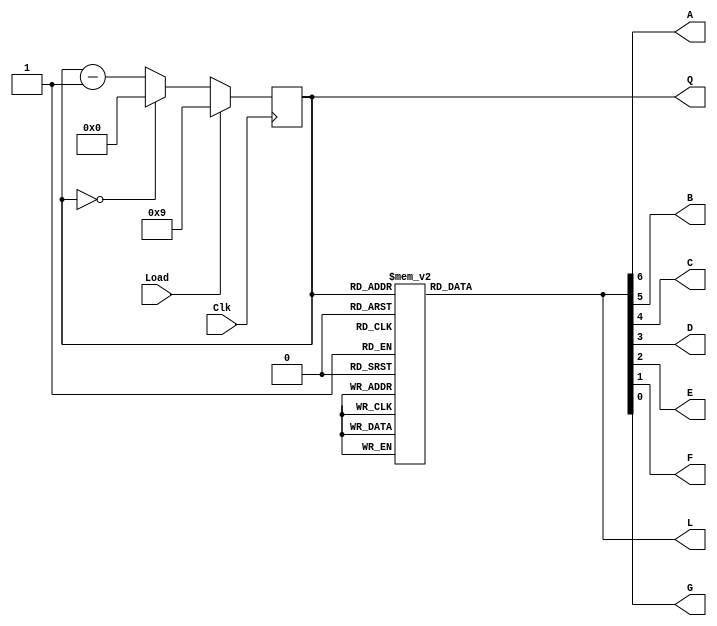
// Ch08 cnt4.v
// pHCq

module cnt4 (Clk,Load,Q,A,B,C,D,E,F,G,L);
input  Clk,Load;		// @J
output [3:0] Q;			// |X
output A,B,C,D,E,F,G;		// @X
output [6:0] L;			// CX
reg    [3:0] Q;			// is
reg    [6:0] L;			// is

// Wto, WtPBJ, p
always@ (posedge Clk) 
  if (Load)     	Q = 9;
  else if (Q == 0)	Q = 0;
  else	       		Q = Q - 1;

// Cq, Xq
always@ (Q) 
  case (Q)
    0      : L = 7'h7e;
    1      : L = 7'h30;
    2      : L = 7'h6d;
    3      : L = 7'h79;
    4      : L = 7'h33;
    5      : L = 7'h5b;
    6      : L = 7'h1f;
    7      : L = 7'h70;
    8      : L = 7'h7f;
    9      : L = 7'h73;
    default: L = 7'h00;
  endcase
assign {A,B,C,D,E,F,G} = L;
 
endmodule